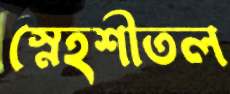
স্নেহশীতল